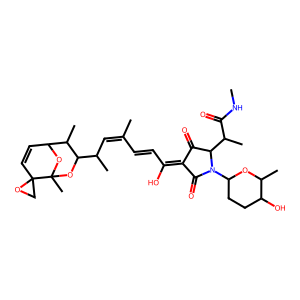
SMILES: CNC(=O)C(C)C1C(=O)C(=C(O)C=CC(C)=CC(C)C2OC3(C)OC(C=CC34CO4)C2C)C(=O)N1C1CCC(O)C(C)O1
Inhibits HIV replication: No